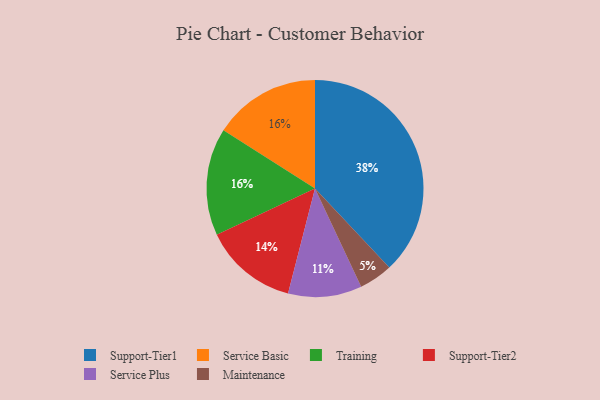
{"axis": {"x": "Category", "y": "Percentage"}, "legend": ["Maintenance", "Service Basic", "Service Plus", "Support-Tier1", "Support-Tier2", "Training"], "data": [{"x": "Maintenance", "y": 5, "type": "Maintenance"}, {"x": "Service Basic", "y": 16, "type": "Service Basic"}, {"x": "Support-Tier2", "y": 14, "type": "Support-Tier2"}, {"x": "Training", "y": 16, "type": "Training"}, {"x": "Service Plus", "y": 11, "type": "Service Plus"}, {"x": "Support-Tier1", "y": 38, "type": "Support-Tier1"}]}